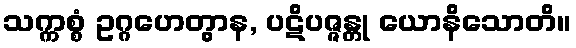
သက္ကစ္စံ ဥဂ္ဂဟေတွာန, ပဋိပဇ္ဇန္တု ယောနိသောတိ။